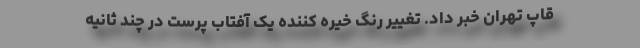
قاپ تهران خبر داد. تغییر رنگ خیره کننده یک آفتاب پرست در چند ثانیه